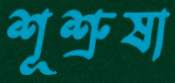
শূশ্রুষা